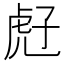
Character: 𧆰